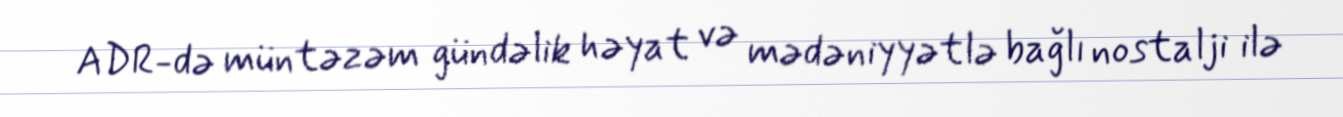
ADR-də müntəzəm gündəlik həyat və mədəniyyətlə bağlı nostalji ilə